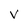
Character: V